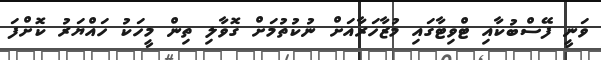
ވަނީ ފޭސްބުކާއި ޓްވިޓާގައި މުޒާހަރާއަށް ނުކުތުމަށް ގޮވާލި ތިން މީހަކު ހައްޔަރު ކޮށްފަ